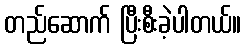
တည်ဆောက် ပြီးစီးခဲ့ပါတယ်။